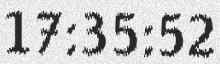
17:35:52